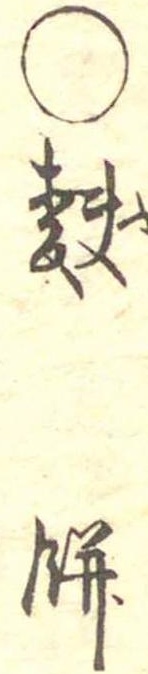
○麩餅